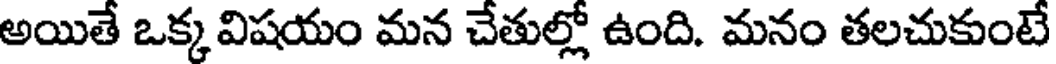
అయితే ఒక్క విషయం మన చేతుల్లో ఉంది. మనం తలచుకుంటే